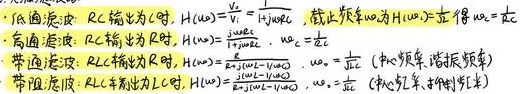
- 低通 滤波：$RC$ 输出为 $C$ 时，$H(\omega)=\frac{1}{1 + j\omega RC}$，截止频率 $\omega_c$ 为 $H(\omega_c)=\frac{1}{\sqrt{2}}$ 得 $\omega_c=\frac{1}{RC}$
- 高通 滤波：$RC$ 输出为 $R$ 时，$H(\omega)=\frac{j\omega RC}{1 + j\omega RC}$，$\omega_c=\frac{1}{RC}$（转折频率、诺顿频率）
- 带通 滤波：$RLC$ 输出为 $R$ 时，$H(\omega)=\frac{j\omega \frac{R}{L}}{\omega_0^2-\omega^2 + j\omega \frac{R}{L}}$，$\omega_0=\frac{1}{\sqrt{LC}}$（中心频率、谐振频率）
- 陷波 滤波：$RLC$ 输出为 $L+C$ 时，$H(\omega)=\frac{\omega_0^2-\omega^2}{\omega_0^2-\omega^2 + j\omega \frac{R}{L}}$，$\omega_0=\frac{1}{\sqrt{LC}}$ （中心频率、谐振频率）